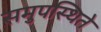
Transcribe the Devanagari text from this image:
समुपस्थिते